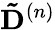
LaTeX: \mathbf{\tilde{D}}^{(n)}